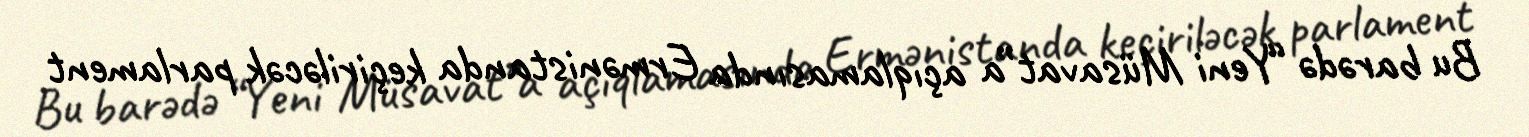
Bu barədə “Yeni Müsavat”a açıqlamasında Ermənistanda keçiriləcək parlament